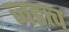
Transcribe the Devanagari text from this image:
जडत्त्व